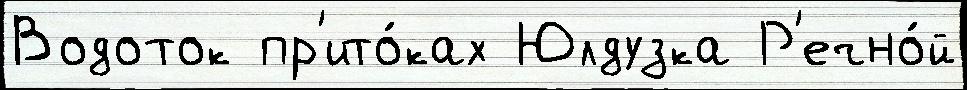
Водоток пр'ито́ках Юлдузка Р'ечно́й